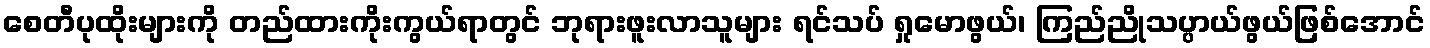
စေတီပုထိုးများကို တည်ထားကိုးကွယ်ရာတွင် ဘုရားဖူးလာသူများ ရင်သပ် ရှုမောဖွယ်၊ ကြည်ညိုသပ္ပာယ်ဖွယ်ဖြစ်အောင်